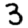
Digit: 3